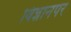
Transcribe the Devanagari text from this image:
विज्ञानपर